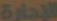
الإدارة